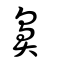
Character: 鼻